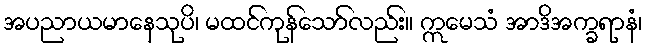
အပညာယမာနေသုပိ၊ မထင်ကုန်သော်လည်း။ ဣမေသံ အာဒိအက္ခရာနံ၊